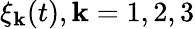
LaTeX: \xi_{\mathbf{k}}(t),\mathbf{k}=1,2,3